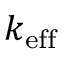
k _ { \mathrm { e f f } }